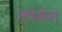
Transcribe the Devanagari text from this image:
लोमेन